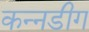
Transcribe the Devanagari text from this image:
कन्नडीग